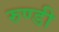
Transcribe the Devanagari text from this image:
रुण्डी